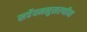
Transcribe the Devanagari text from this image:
सर्वेयमनुसरणीया